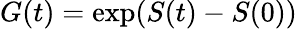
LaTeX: G(t)=\exp(S(t)-S(0))